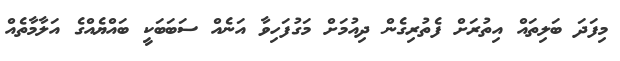
މިފަދަ ބަލިތައް އިތުރަށް ފެތުރިގެން ދިއުމަށް މަގުފަހިވާ އަނެއް ސަބަބަކީ ބައްޔެއްގެ އަލާމާތެއް